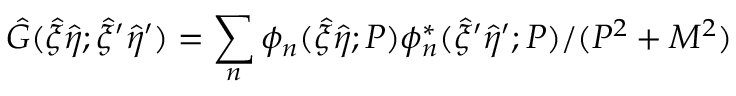
{ \hat { G } } ( { \hat { \xi } } { \hat { \eta } } ; { \hat { \xi } } ^ { \prime } { \hat { \eta } } ^ { \prime } ) = \sum _ { n } { \phi } _ { n } ( { \hat { \xi } } { \hat { \eta } } ; P ) { \phi } _ { n } ^ { * } ( { \hat { \xi } } ^ { \prime } { \hat { \eta } } ^ { \prime } ; P ) / ( P ^ { 2 } + M ^ { 2 } )